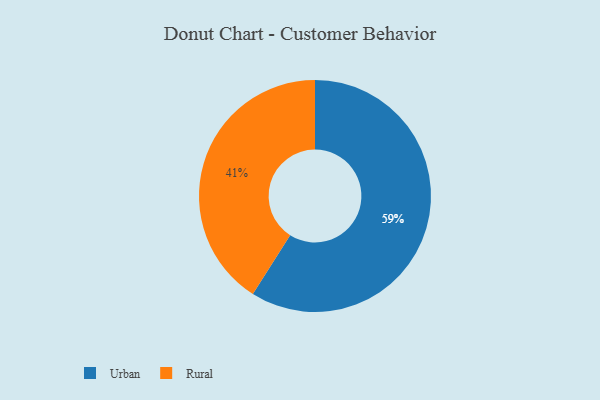
{"axis": {"x": "Category", "y": "Percentage"}, "legend": ["Rural", "Urban"], "data": [{"x": "Rural", "y": 41, "type": "Rural"}, {"x": "Urban", "y": 59, "type": "Urban"}]}